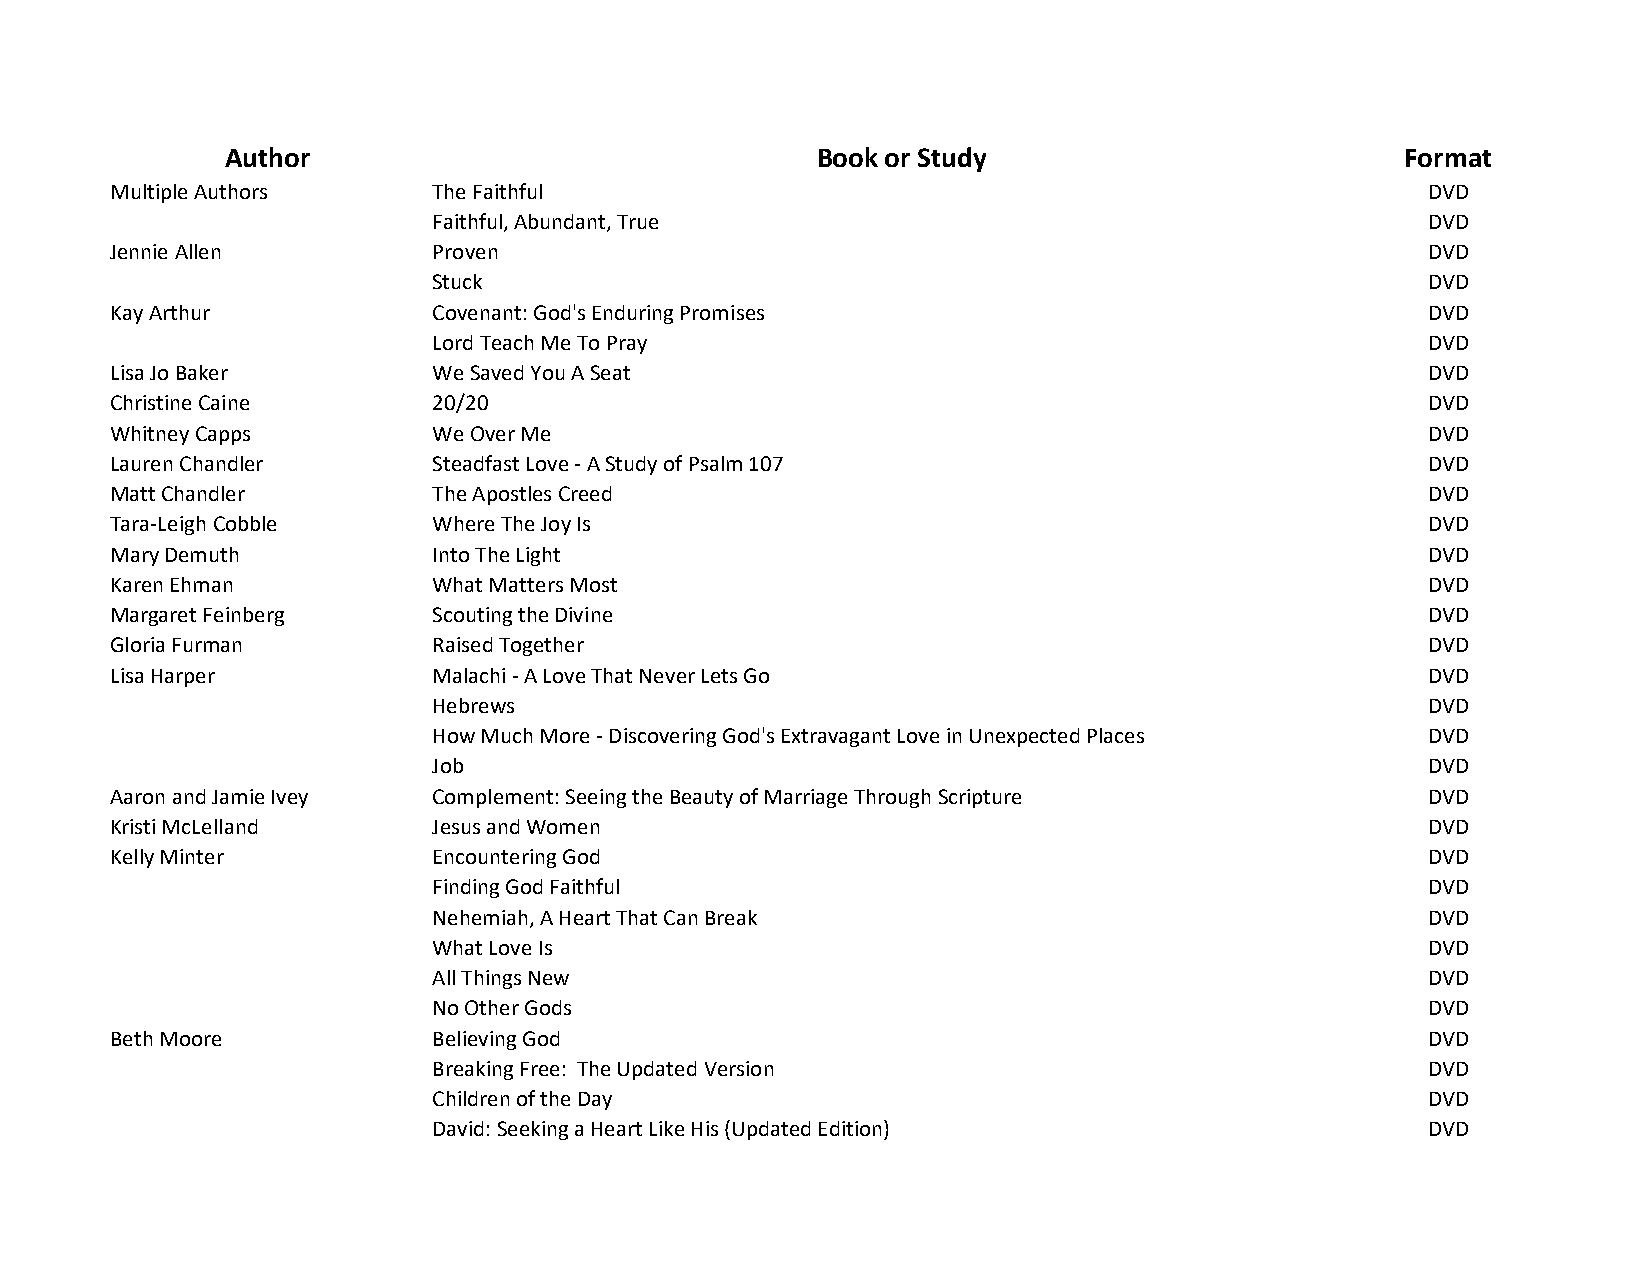
Author                                 Book or Study                          Format
 Multiple Authors     The Faithful                                                      DVD
 Faithful, Abundant, True                                          DVD
 Jennie Allen         Proven                                                            DVD
 Stuck                                                             DVD
 Kay Arthur           Covenant: God's Enduring Promises                                 DVD
 Lord Teach Me To Pray                                             DVD
 Lisa Jo Baker        We Saved You A Seat                                               DVD
 Christine Caine      20/20                                                             DVD
 Whitney Capps        We Over Me                                                        DVD
 Lauren Chandler      Steadfast Love - A Study of Psalm 107                             DVD
 Matt Chandler        The Apostles Creed                                                DVD
 Tara-Leigh Cobble    Where The Joy Is                                                  DVD
 Mary Demuth          Into The Light                                                    DVD
 Karen Ehman          What Matters Most                                                 DVD
 Margaret Feinberg    Scouting the Divine                                               DVD
 Gloria Furman        Raised Together                                                   DVD
 Lisa Harper          Malachi - A Love That Never Lets Go                               DVD
 Hebrews                                                           DVD
 How Much More - Discovering God's Extravagant Love in Unexpected Places DVD
 Job                                                               DVD
 Aaron and Jamie Ivey Complement: Seeing the Beauty of Marriage Through Scripture       DVD
 Kristi McLelland     Jesus and Women                                                   DVD
 Kelly Minter         Encountering God                                                  DVD
 Finding God Faithful                                              DVD
 Nehemiah, A Heart That Can Break                                  DVD
 What Love Is                                                      DVD
 All Things New                                                    DVD
 No Other Gods                                                     DVD
 Beth Moore           Believing God                                                     DVD
 Breaking Free: The Updated Version                                DVD
 Children of the Day                                               DVD
 David: Seeking a Heart Like His (Updated Edition)                 DVD